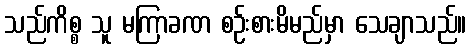
သည်ကိစ္စ သူ မကြာခဏ စဉ်းစားမိမည်မှာ သေချာသည်။